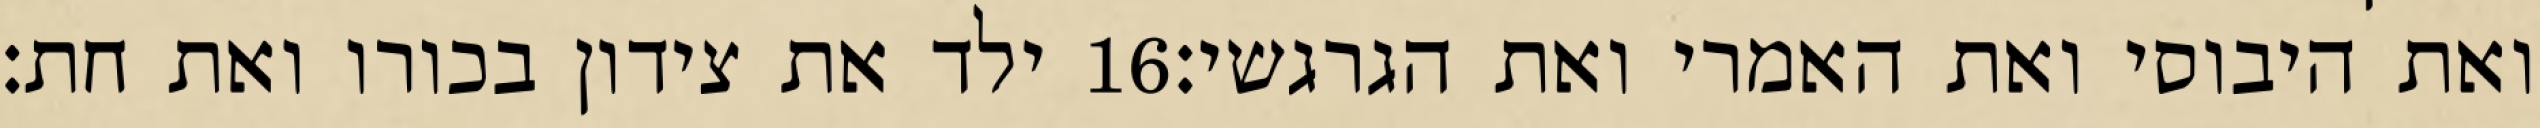
ילד את צידון בכורו ואת חת׃ ‎16‏ ואת היבוסי ואת האמרי ואת הגרגשי׃